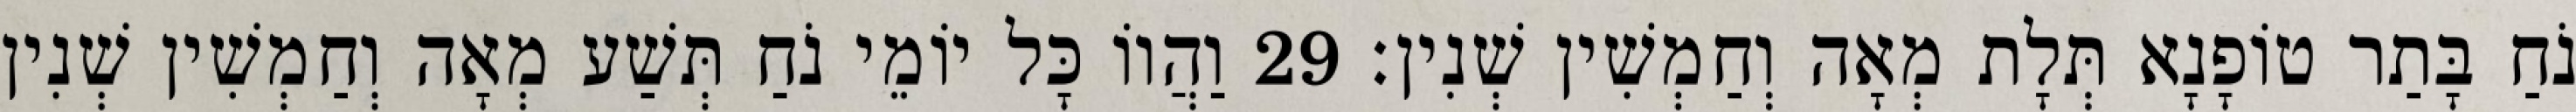
נֹחַ בָּתַר טוֹפָנָא תְּלָת מְאָה וְחַמְשִׁין שְׁנִין׃ 29 וַהֲווֹ כָּל יוֹמֵי נֹחַ תְּשַׁע מְאָה וְחַמְשִׁין שְׁנִין